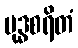
ဗုဒ္ဓစရိတံ